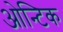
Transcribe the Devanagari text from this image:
ओन्टिक